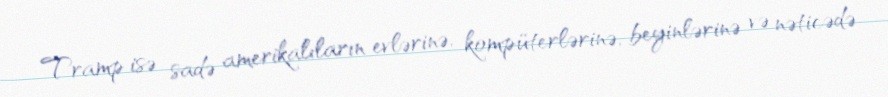
Tramp isə sadə amerikalıların evlərinə, kompüterlərinə, beyinlərinə və nəticədə